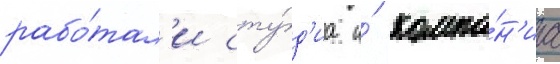
рабо́тал'и сту́д'иа и́ компа́н'иа